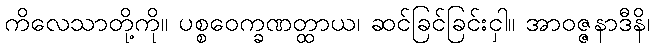
ကိလေသာတို့ကို။ ပစ္စဝေက္ခဏတ္ထာယ၊ ဆင်ခြင်ခြင်းငှါ။ အာဝဇ္ဇနာဒီနိ၊